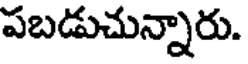
పబడుచున్నారు.